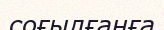
соғылғанға